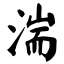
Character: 湍